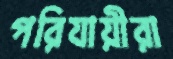
পরিযায়ীরা